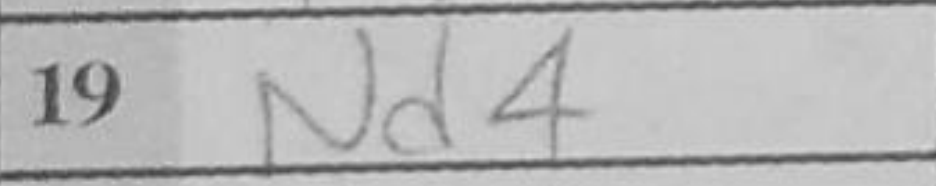
Transcription: Nd2